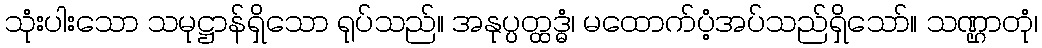
သုံးပါးသော သမုဋ္ဌာန်ရှိသော ရုပ်သည်။ အနုပ္ပတ္ထဒ္ဓံ၊ မထောက်ပံ့အပ်သည်ရှိသော်။ သဏ္ဌာတုံ၊